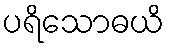
ပရိသောဓယိ